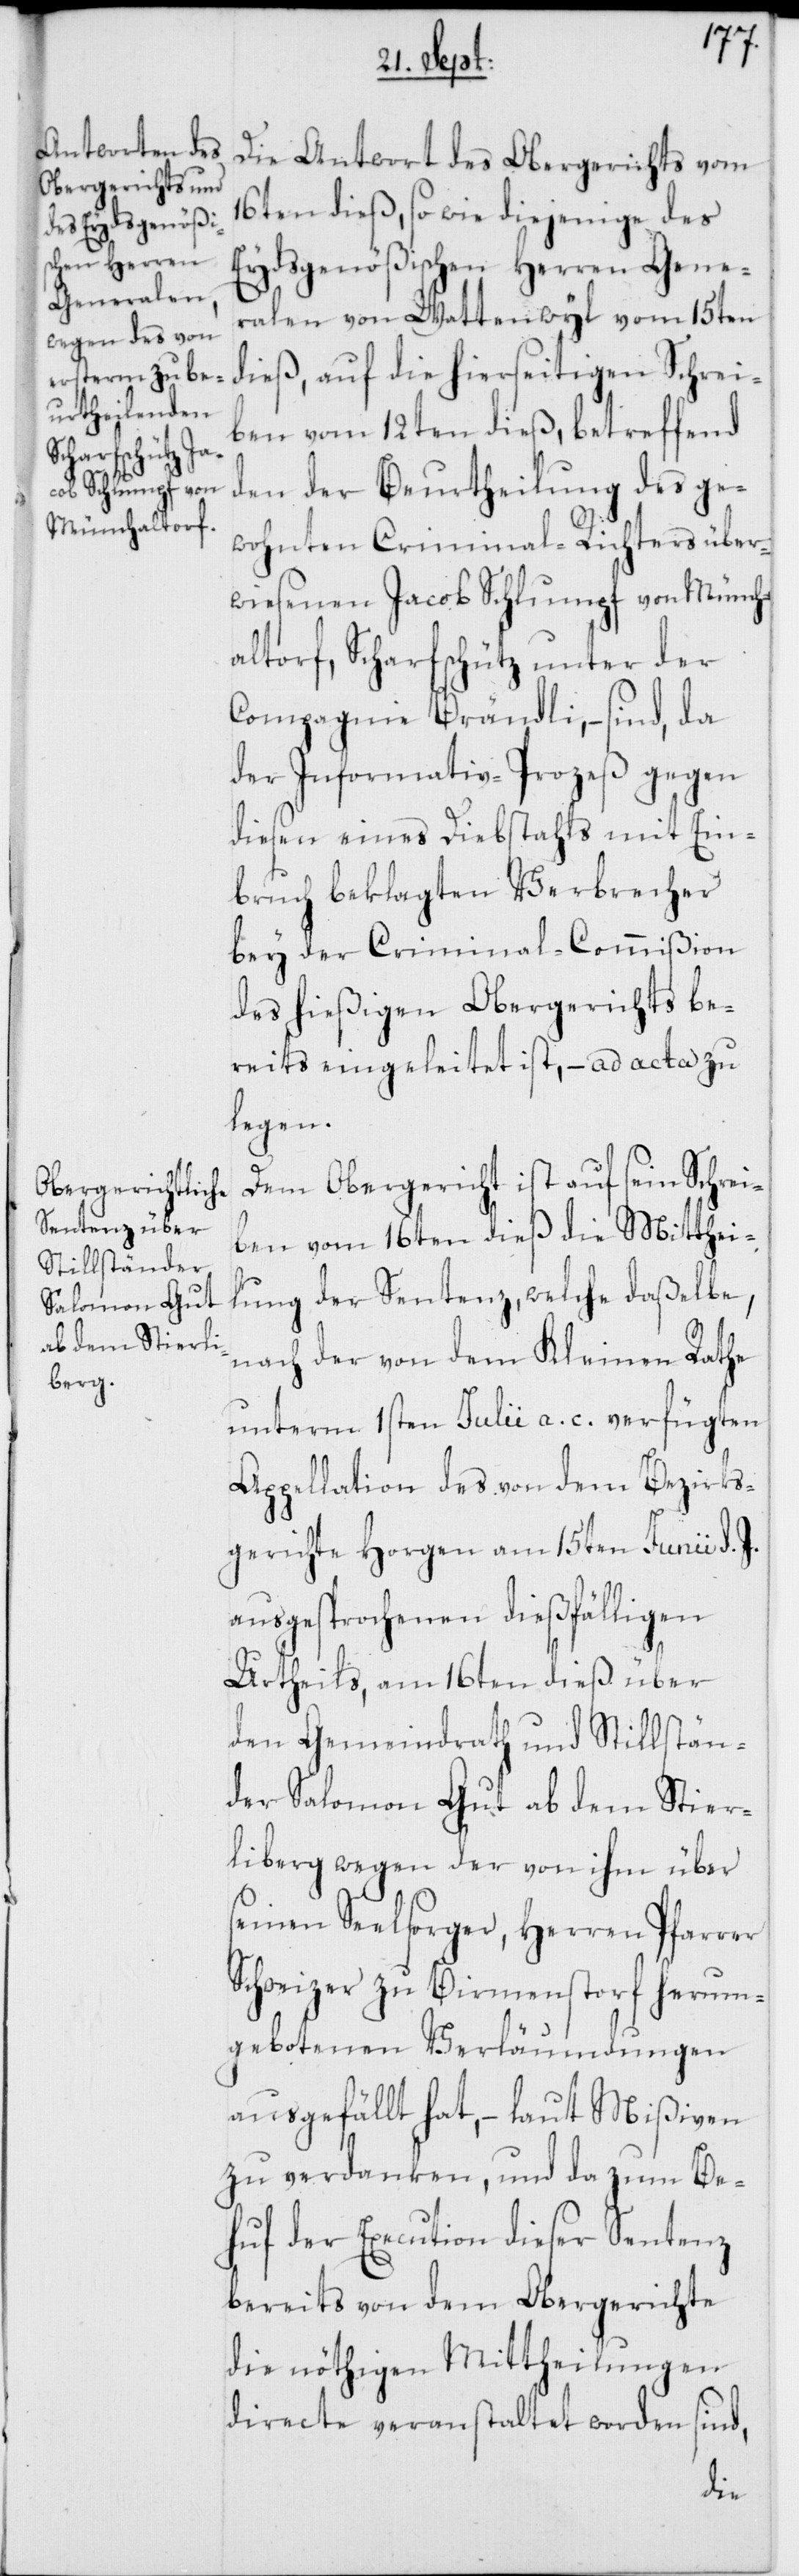
Die Antwort des Obergerichts vom
16ten dieß, so wie diejenige des
Eydsgenößischen Herren Gene¬
ralen von Wattenwyl vom 15ten
dieß, auf die hierseitigen Schrei¬
ben vom 12ten dieß, betreffend
den der Beurtheilung des ge¬
wohnten Criminal-Richters über¬
wiesenen Jacob Schlumpf von Münch¬
altorf, Scharfschütz unter der
Compagnie Brändli, – sind, da
der Informativ-Prozeß gegen
diesen eines Diebstahls mit Ein¬
bruch beklagten Verbrecher
bey der Criminal-Commißion
des hießigen Obergerichts be¬
reits eingeleitet ist, – ad acta zu
legen.
Dem Obergericht ist auf sein Schrei¬
ben vom 16ten dieß die Mitthei¬
lung der Sentenz, welche daßelbe,
nach der von dem Kleinen Rathe
unterm 1sten Julii a. c. verfügten
Appellation des von dem Bezirks¬
gerichte Horgen am 15ten Junii d.
ausgesprochenen dießfälligen
Urtheils, am 16ten dieß über
den Gemeindrath und Stillstän¬
der Salomon Gut ab dem Stier¬
liberg wegen der von ihm über
seinen Seelsorger, Herren Pfarrer
Schweizer zu Birmenstorf herum¬
gebotenen Verläumdungen
ausgefällt hat, – laut Mißiven
zu verdanken, und da zum Be¬
huf der Execution dieser Sentenz
bereits von dem Obergerichte
die nöthigen Mittheilungen
directe veranstaltet worden sind,